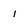
Character: l